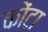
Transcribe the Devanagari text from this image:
कोंटा